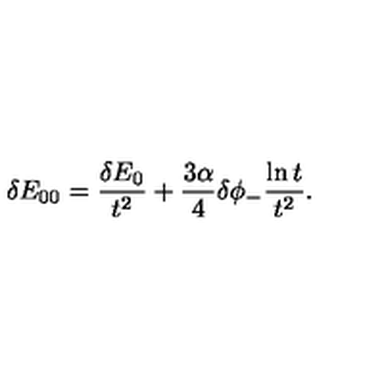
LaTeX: \delta E _ { 0 0 } = \frac { \delta E _ { 0 } } { t ^ { 2 } } + \frac { 3 \alpha } { 4 } \delta \phi _ { - } \frac { \ln t } { t ^ { 2 } } .